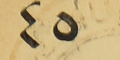
٤٥